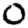
Digit: 0